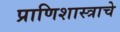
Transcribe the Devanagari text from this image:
प्राणिशास्त्राचे